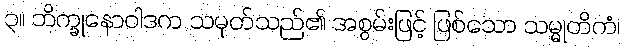
၃။ ဘိက္ခုနောဝါဒက သမုတ်သည်၏ အစွမ်းဖြင့် ဖြစ်သော သမ္မုတိကံ၊